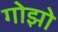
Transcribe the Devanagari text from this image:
गोझो